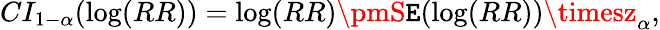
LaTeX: CI_{1-\alpha}(\log(RR))=\log(RR)\pmS\mathtt{E}(\log(RR))\timesz_{\alpha},